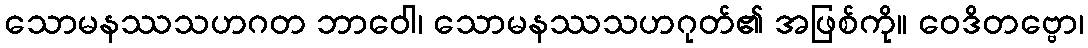
သောမနဿသဟဂတ ဘာဝေါ၊ သောမနဿသဟဂုတ်၏ အဖြစ်ကို။ ဝေဒိတဗ္ဗော၊